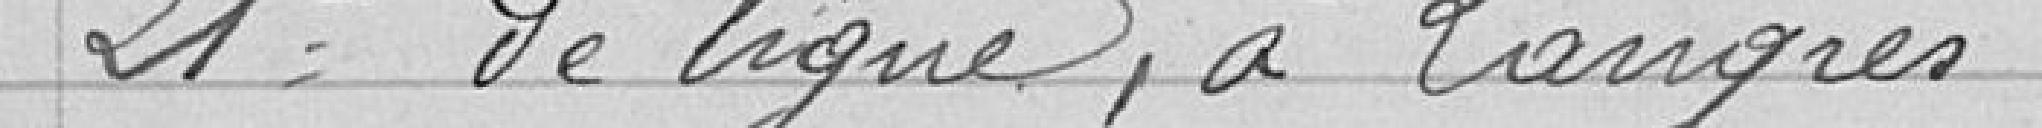
21° de ligne, à Langres.